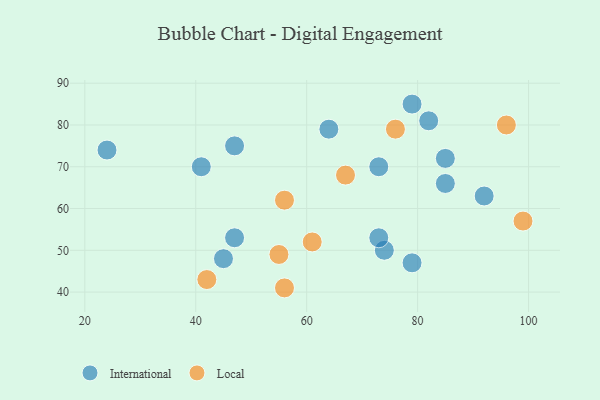
{"axis": {"x": "GDP", "y": "Life Expectancy"}, "legend": ["International", "Local"], "data": [{"x": "41", "y": 70, "type": "International"}, {"x": "85", "y": 72, "type": "International"}, {"x": "82", "y": 81, "type": "International"}, {"x": "85", "y": 66, "type": "International"}, {"x": "74", "y": 50, "type": "International"}, {"x": "47", "y": 75, "type": "International"}, {"x": "73", "y": 70, "type": "International"}, {"x": "79", "y": 47, "type": "International"}, {"x": "92", "y": 63, "type": "International"}, {"x": "47", "y": 53, "type": "International"}, {"x": "24", "y": 74, "type": "International"}, {"x": "79", "y": 85, "type": "International"}, {"x": "73", "y": 53, "type": "International"}, {"x": "45", "y": 48, "type": "International"}, {"x": "64", "y": 79, "type": "International"}, {"x": "56", "y": 62, "type": "Local"}, {"x": "76", "y": 79, "type": "Local"}, {"x": "96", "y": 80, "type": "Local"}, {"x": "67", "y": 68, "type": "Local"}, {"x": "99", "y": 57, "type": "Local"}, {"x": "42", "y": 43, "type": "Local"}, {"x": "61", "y": 52, "type": "Local"}, {"x": "56", "y": 41, "type": "Local"}, {"x": "55", "y": 49, "type": "Local"}]}